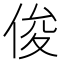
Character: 俊